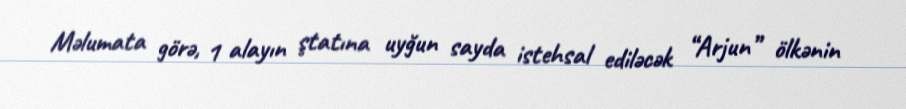
Məlumata görə, 1 alayın ştatına uyğun sayda istehsal ediləcək “Arjun” ölkənin